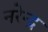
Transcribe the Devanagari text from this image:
नरेेन्द्र